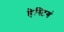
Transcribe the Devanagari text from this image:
हेस्टिगं